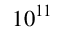
1 0 ^ { 1 1 }